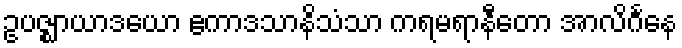
ဥပဇ္ဈာယာဒယော ဧကာဒသာနိသံသာ ကရမရာနီတော အာလိင်္ဂနေ